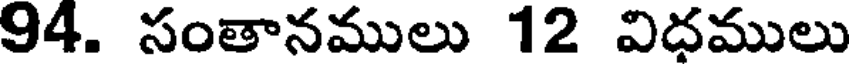
94. సంతానములు 12 విదములు